Source: Handwritten
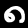
Digit: ၈ (8)